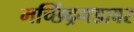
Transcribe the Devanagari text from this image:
मच्छिंद्रगडावर